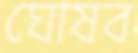
ঘোষব